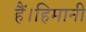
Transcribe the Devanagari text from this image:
हैं।हिमानी